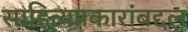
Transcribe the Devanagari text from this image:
साहित्यप्रकारांबद्दल